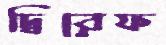
দ্বিরেফ